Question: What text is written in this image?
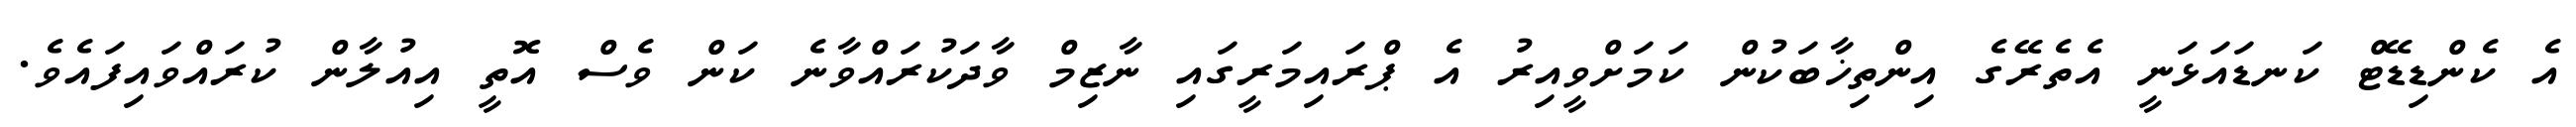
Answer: އެ ކެންޑިޑޭޓް ކަނޑައަޅަނީ އެތެރޭގެ އިންތިޚާބަކުން ކަމަށްވީއިރު އެ ޕްރައިމަރީގައި ނާޒިމް ވާދަކުރައްވާނެ ކަން ވެސް އޮތީ އިއުލާން ކުރައްވައިފައެވެ.